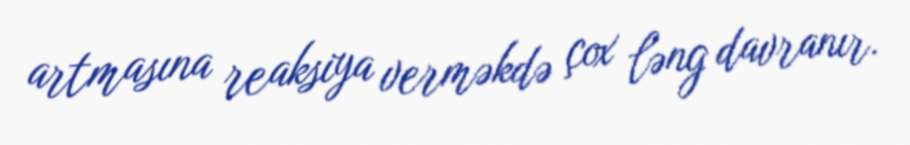
artmasına reaksiya verməkdə çox ləng davranır.